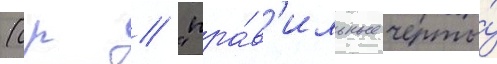
(ср // "пра́в'ильные черты́